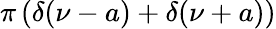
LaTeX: \pi\left(\delta(\nu-a)+\delta(\nu+a)\right)